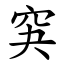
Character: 䆕